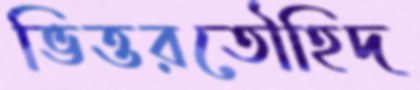
ভিত্তরতৌহিদ